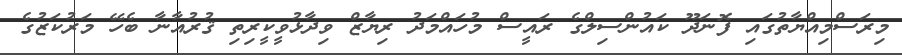
މިރަސްމިއްޔާތުގައި ފޮނަދޫ ކައުންސިލްގެ ރައީސް މުހައްމަދު ރިޔާޒް ވިދާޅުވީކީރިތި ޤުރުއާނާ ބެހޭ މަރުކަޒުގެ